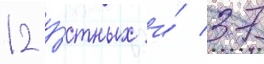
12 у́стных и́ 37